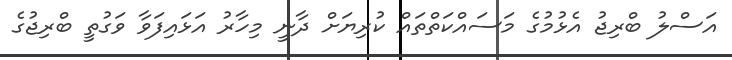
އަސްލު ބްރިޖު އެޅުމުގެ މަސައްކަތްތައް ކުރިޔަށް ދާނީ މިހާރު އަޅައިފަވާ ވަގުތީ ބްރިޖުގެ